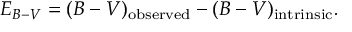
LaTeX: E _ { B - V } = ( B - V ) _ { \mathrm { o b s e r v e d } } - ( B - V ) _ { \mathrm { i n t r i n s i c } } .